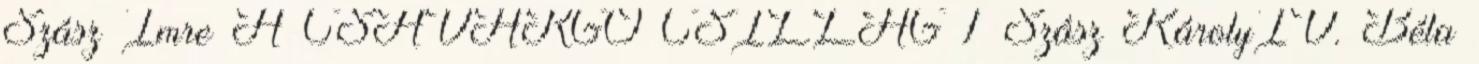
Szász Imre A CSAVARGÓ CSILLAG 1 Szász KárolyIV. Béla